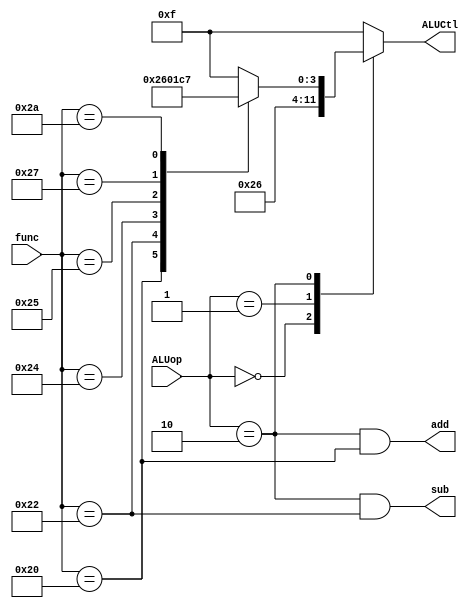
module aluCtl(ALUop, func, ALUCtl, add, sub);
   input [1:0] ALUop;
	input [5:0] func;
	output reg [3:0] ALUCtl;
	output reg add, sub;
	
	always @ (ALUop, func)
	begin
	   case (ALUop)
			0: ALUCtl <= 2;
			1: ALUCtl <= 6;
			2: case (func)
					32: ALUCtl <= 2;
					34: ALUCtl <= 6;
					36: ALUCtl <= 0;
					37: ALUCtl <= 1;
					39: ALUCtl <= 12;
					42: ALUCtl <= 7;
					default: ALUCtl <= 15;
				endcase
			default: ALUCtl <= 15;
		endcase
		add = ((ALUop == 2) & (func == 32));
		sub = ((ALUop == 2) & (func == 34));
	end
endmodule